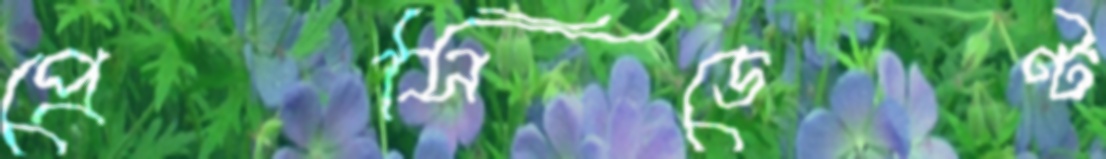
প্রেসিডেণ্ট